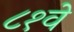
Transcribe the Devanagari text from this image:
८१वे